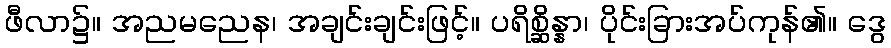
ဖီလာ၌။ အညမညေန၊ အချင်းချင်းဖြင့်။ ပရိစ္ဆိန္နာ၊ ပိုင်းခြားအပ်ကုန်၏။ ဒွေ